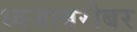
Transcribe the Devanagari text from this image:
ध्वजाबरोबर